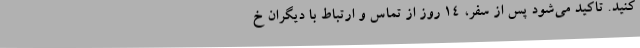
کنید. تاکید می‌شود پس از سفر، ۱۴ روز از تماس و ارتباط با دیگران خ